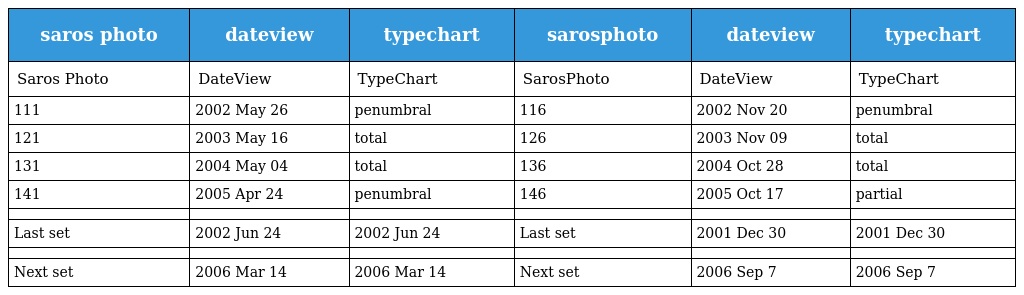
| saros photo | dateview | typechart | sarosphoto | dateview | typechart |
 | --- | --- | --- | --- | --- | --- |
 | Saros Photo | DateView | TypeChart | SarosPhoto | DateView | TypeChart |
 | 111 | 2002 May 26 | penumbral | 116 | 2002 Nov 20 | penumbral |
 | 121 | 2003 May 16 | total | 126 | 2003 Nov 09 | total |
 | 131 | 2004 May 04 | total | 136 | 2004 Oct 28 | total |
 | 141 | 2005 Apr 24 | penumbral | 146 | 2005 Oct 17 | partial |
 |  |  |  |  |  |  |
 | Last set | 2002 Jun 24 | 2002 Jun 24 | Last set | 2001 Dec 30 | 2001 Dec 30 |
 |  |  |  |  |  |  |
 | Next set | 2006 Mar 14 | 2006 Mar 14 | Next set | 2006 Sep 7 | 2006 Sep 7 |